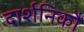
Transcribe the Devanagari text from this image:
दार्शनिकौं